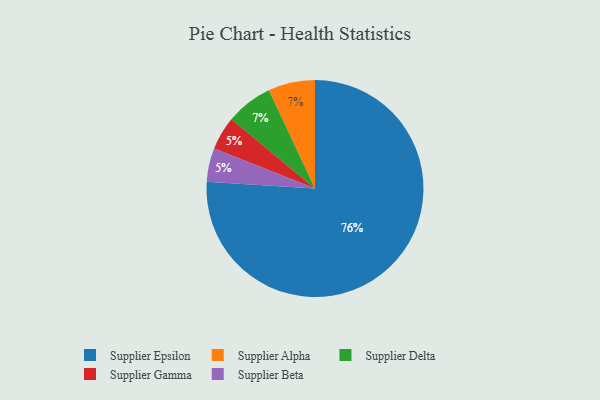
{"axis": {"x": "Category", "y": "Percentage"}, "legend": ["Supplier Alpha", "Supplier Beta", "Supplier Delta", "Supplier Epsilon", "Supplier Gamma"], "data": [{"x": "Supplier Gamma", "y": 5, "type": "Supplier Gamma"}, {"x": "Supplier Epsilon", "y": 76, "type": "Supplier Epsilon"}, {"x": "Supplier Beta", "y": 5, "type": "Supplier Beta"}, {"x": "Supplier Alpha", "y": 7, "type": "Supplier Alpha"}, {"x": "Supplier Delta", "y": 7, "type": "Supplier Delta"}]}